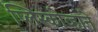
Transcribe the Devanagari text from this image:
प्लिस्कोव्हाने